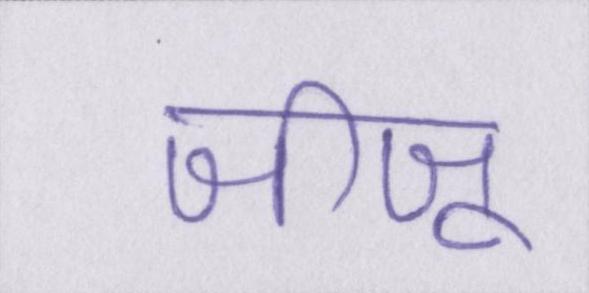
जीजू